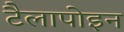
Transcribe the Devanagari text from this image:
टैलापोइन